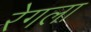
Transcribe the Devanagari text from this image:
रेगला